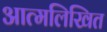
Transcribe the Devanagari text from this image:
आत्मलिखित